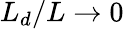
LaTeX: L_{d}/L\to 0